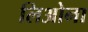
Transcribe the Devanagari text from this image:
लिओना